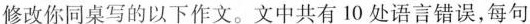
修改你同桌写的以下作文.文中共有 10 处语言错误，每句